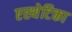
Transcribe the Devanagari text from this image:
एस्थेटिका